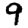
Digit: 9